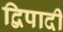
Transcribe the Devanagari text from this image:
द्विपादी